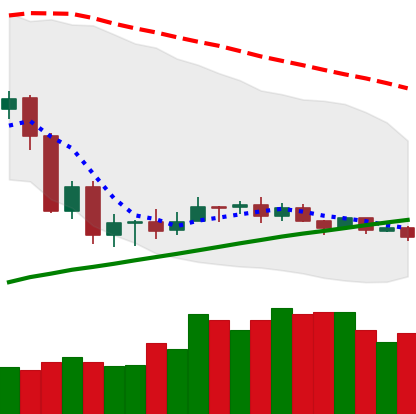
Ticker: ADA-USD
Chart end date: 2020-09-20
Forward return: 8.288%
Label: up_7plus